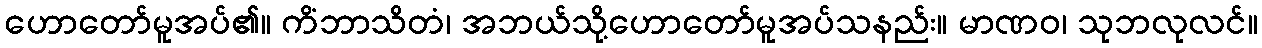
ဟောတော်မူအပ်၏။ ကိံဘာသိတံ၊ အဘယ်သို့ဟောတော်မူအပ်သနည်း။ မာဏဝ၊ သုဘလုလင်။